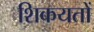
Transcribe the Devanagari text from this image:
शिकयतों